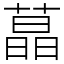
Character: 蕌